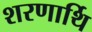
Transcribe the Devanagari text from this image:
शरणार्थि